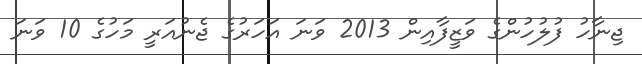
ޖިނާހު ފުލުހުންގެ ވަޒީފާއިން 2013 ވަނަ އަހަރުގެ ޖެނުއަރީ މަހުގެ 10 ވަނަ